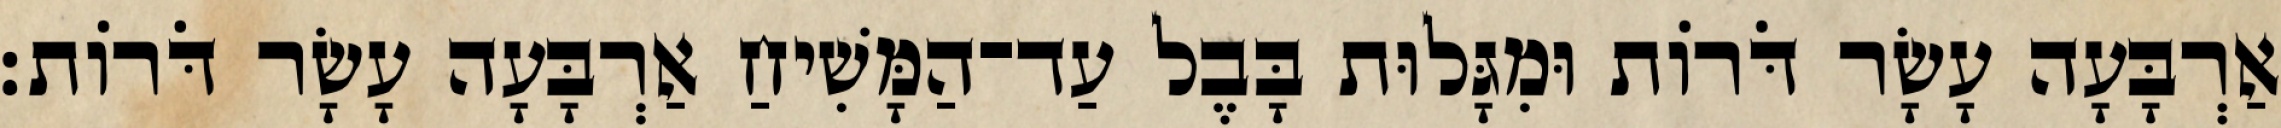
אַרְבָּעָה עָשָׂר דֹּרוֹת וּמִגָּלוּת בָּבֶל עַד־הַמָּשִׁיחַ אַרְבָּעָה עָשָׂר דֹּרוֹת׃